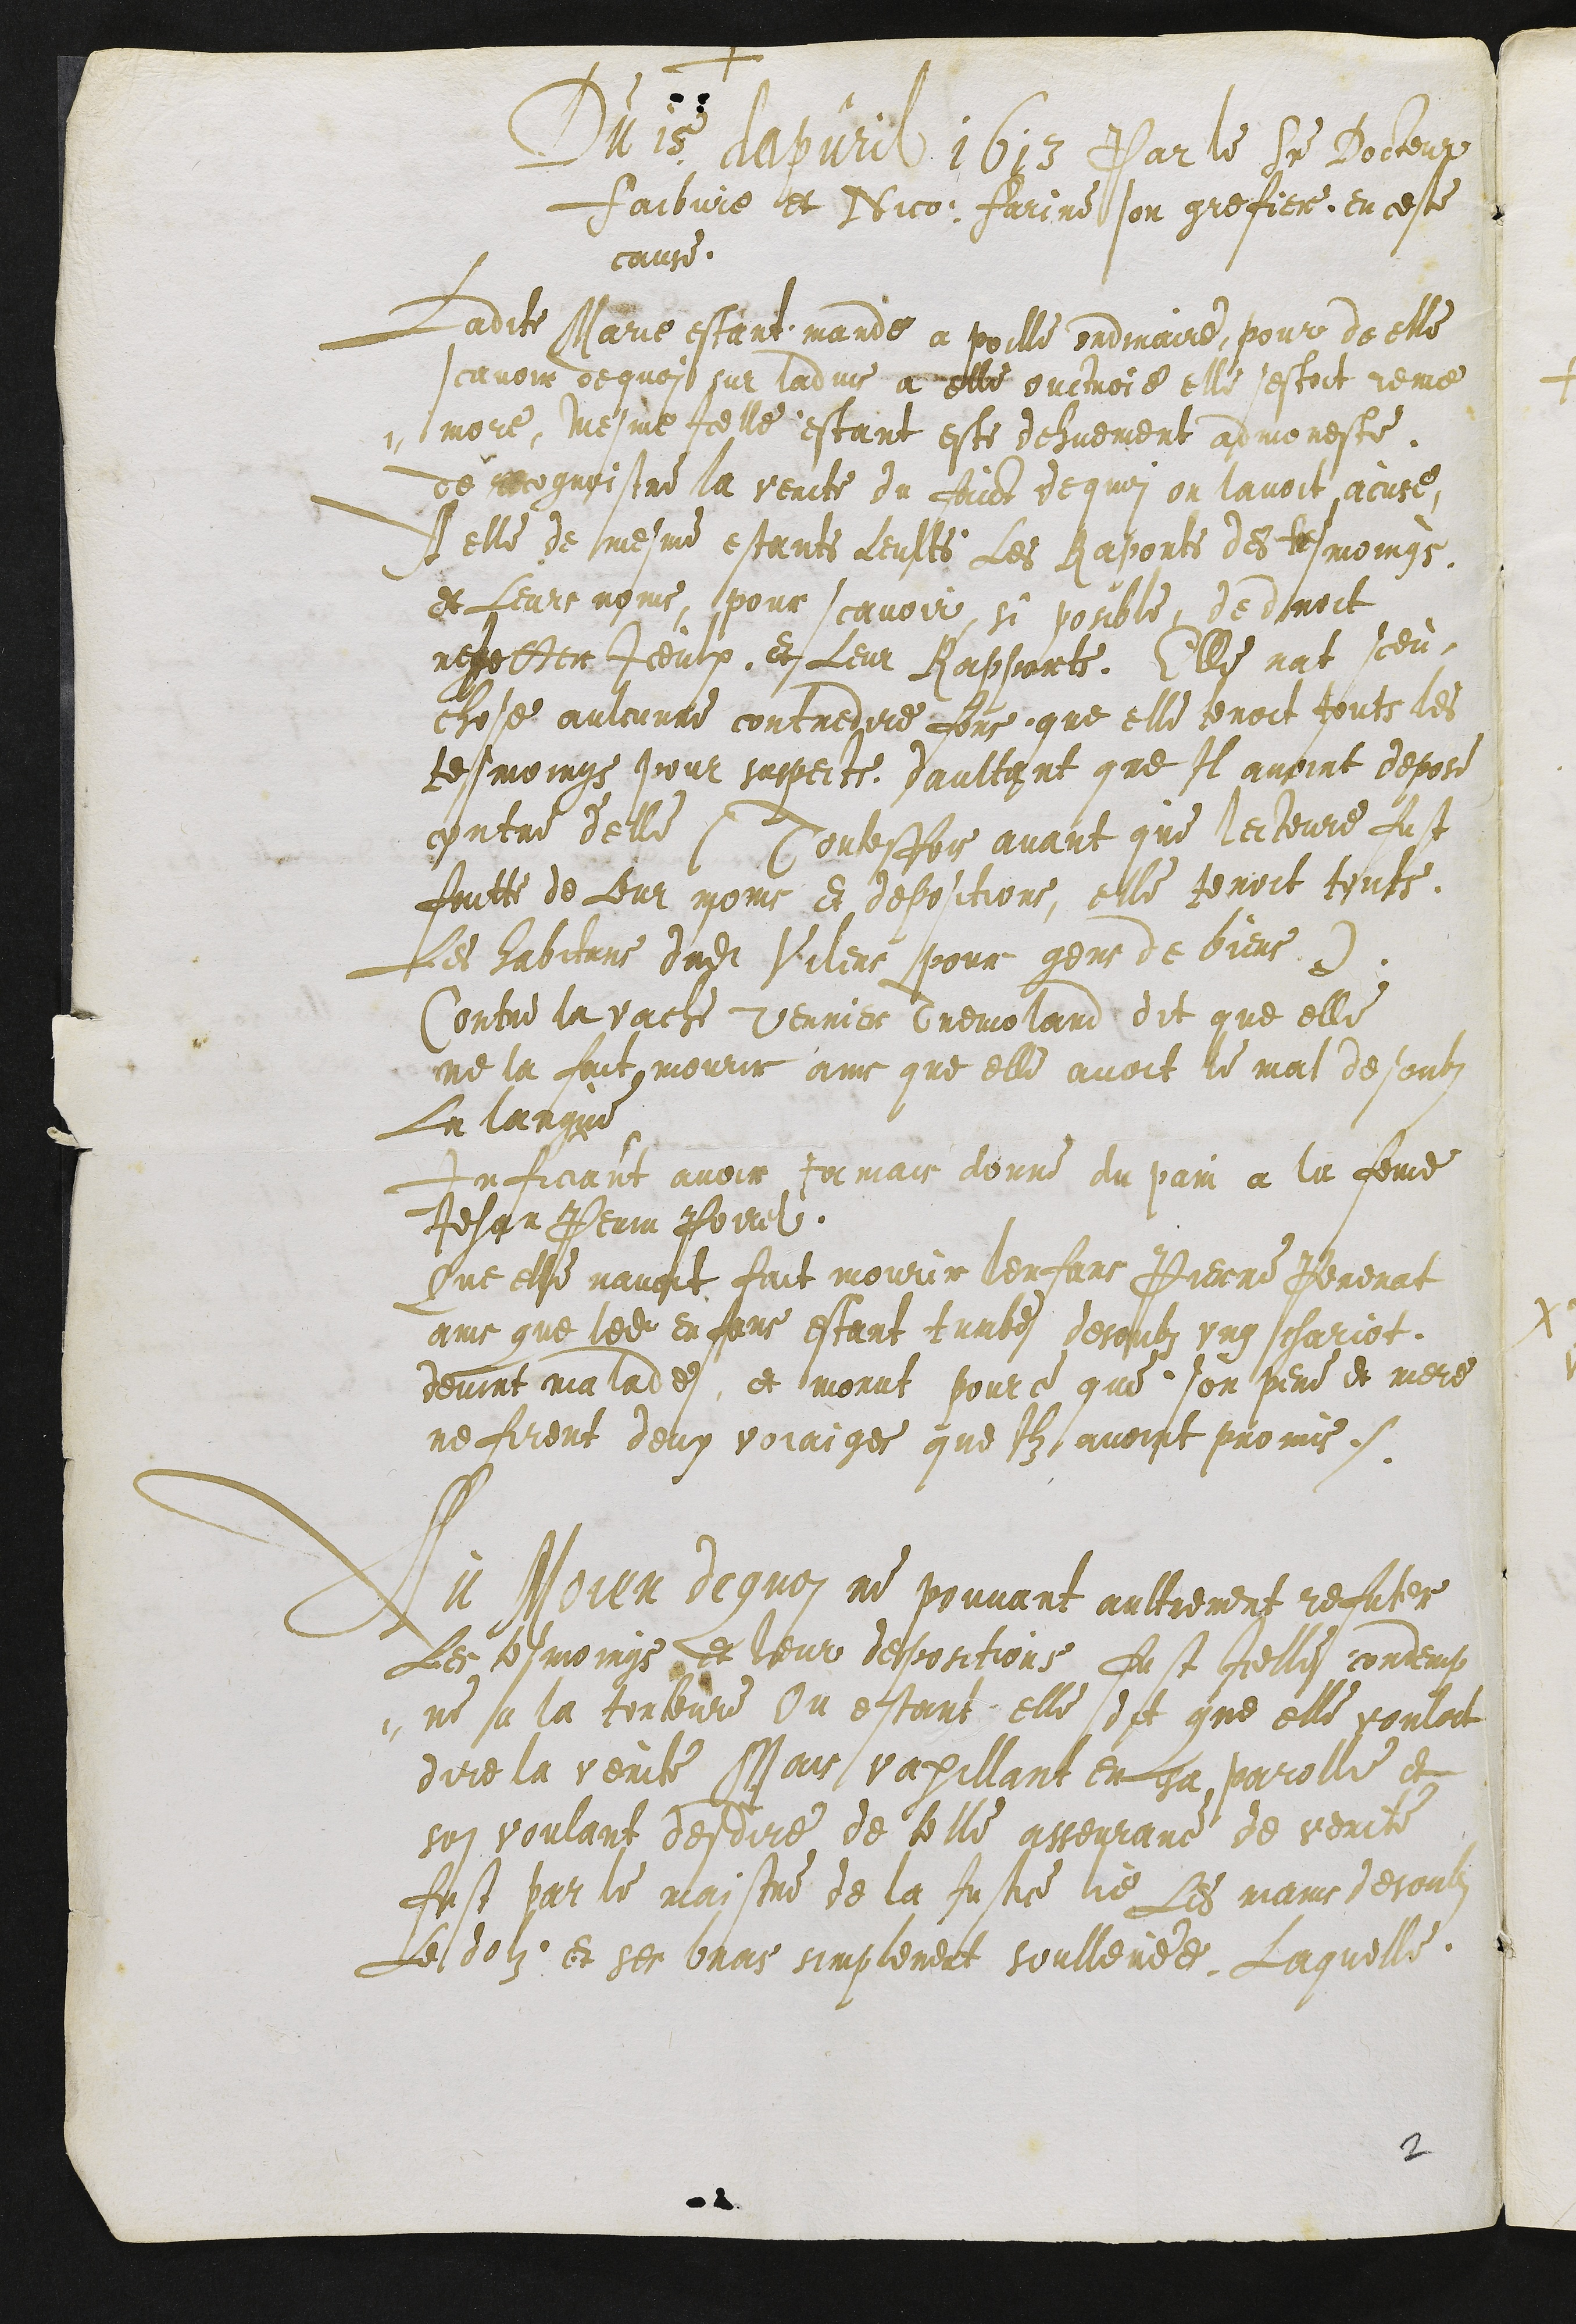
+
Du 15 dapvril 1613 par le sieur Docteur
faibvre et Nico: farine son grefier en ceste
cause
Ladite Marie estant mande a poille ordinaire, pour de elle
scavoir dequoit sur ladvis a elle ouctroie elle sestoit reme
¬more, mesme Icelle estant este dehuement admoneste
de recognoistre la verite du faict de quoi on lavoit accuse
A elle de mesme estants leults les Raports des tesmoings,
et leurs noms, pour scavoir, si posible, de droit
rejetter iceulx et leur Rapports Elle nat sceu
chose aulcunne contredire fors que elle tenoit touts les
tesmoings pour suspects, daultant que Il avoint depose
contre d'elle (Toutesfois avant que lecteure fust
faitte de leur noms et depositions, elle tenoit touts
Les habitans dudit Vilers pour gens de biens)
Contre la vache Vernier Tremoland dit que elle
ne la fait mourir ains que elle avoit le mal desoubz
La langue
Inficiant avoir Jamais donne du pain a la feme
Jehan Perrin Poirel
Que elle navoit fait mourir lenfans Pierre Perenat
ains que ledit enfans estant tumbe desoubz ung chariot,
devint malade et morut pource que son pere et mere
ne firent deux voiaiges que Ilz avoint promis.
Au moyen dequoy ne pouvant aultrement refuter
Les tesmoings et leur despositions fust Icelle condemp
¬ne a la torteure Ou estant elle dit que elle vouloit
dire la verite Mais vaxillant en sa parolle et
soi voulant desdire de telle asseurance de verite
fust par le maistre de la Justice lie les mains desoubz
le dolz et ses bras simplement soullevee. Laquelle